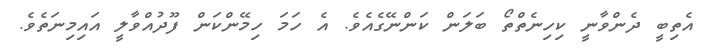
އެތިބީ ދެންވާނީ ކިހިނެތްތޯ ބަލަން ކަންނޭގެއެވެ. އެ ހަމަ ހިމޭންކަން ފޫދުއްވާލީ އައިމިނަތެވެ.